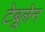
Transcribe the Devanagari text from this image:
टेबूलेन